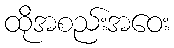
ထိုအစည်းအဝေး